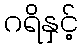
ဂရိနှင့်